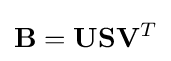
\mathbf {B} =\mathbf {U} \mathbf {S} \mathbf {V} ^{T}